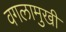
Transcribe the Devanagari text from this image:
वगलामुखी